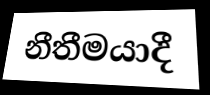
නීතීමයාදී